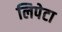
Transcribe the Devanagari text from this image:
लिपेटा